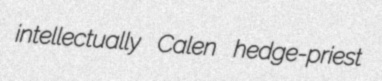
intellectually Calen hedge-priest